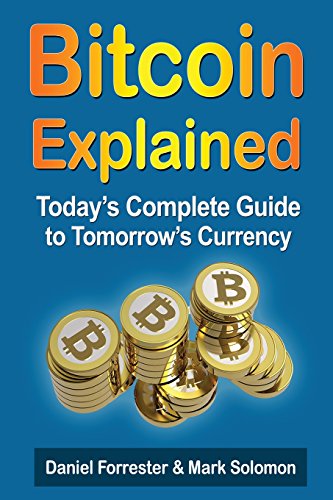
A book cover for Bitcoin Explained: Today's Complete Guide to Tomorrow's Currency; Daniel Forrester; Computers & Technology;